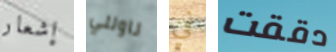
إشعار ناولني في دققت